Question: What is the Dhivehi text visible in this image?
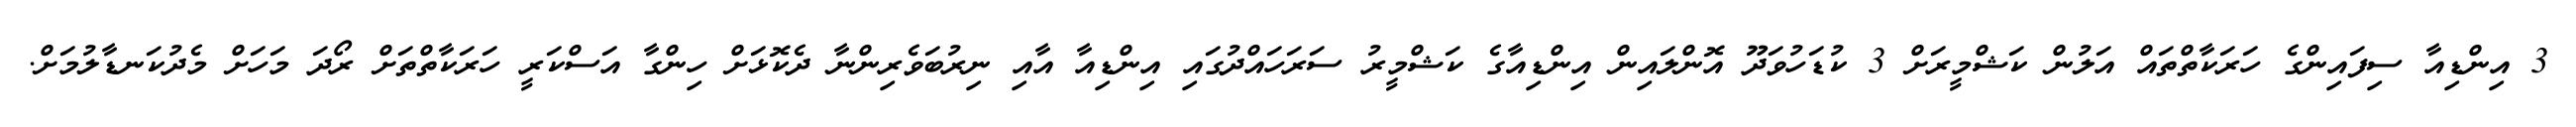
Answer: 3 އިންޑިއާ ސިފައިންގެ ހަރަކާތްތައް އަލުން ކަޝްމީރަށް 3 ކުޑަހުވަދޫ އޮންލައިން އިންޑިއާގެ ކަޝްމީރު ސަރަހައްދުގައި އިންޑިއާ އާއި ނިރުބަވެރިންނާ ދެކޮޅަށް ހިންގާ އަސްކަރީ ހަރަކާތްތަށް ރޯދަ މަހަށް މެދުކަނޑާލުމަށް.